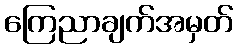
ကြေညာချက်အမှတ်